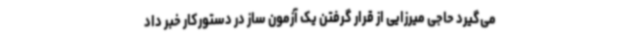
می‌گیرد حاجی میرزایی از قرار گرفتن یک آزمون ساز در دستورکار خبر داد